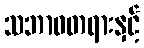
သဘာဝတရားနှင့်